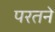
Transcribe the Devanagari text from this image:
परतने